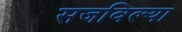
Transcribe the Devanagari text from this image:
सजविल्या